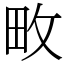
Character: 畋